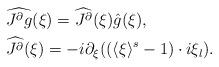
LaTeX: \begin{align*} & \widehat{J^{\partial} g}(\xi) = \widehat{J^{\partial}}(\xi) \hat g(\xi), \\ & \widehat{J^{\partial}}(\xi) = - i \partial_{\xi} ( (\langle \xi \rangle^s -1) \cdot i \xi_l ). \end{align*}